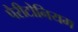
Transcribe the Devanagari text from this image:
पैरीटोनियम